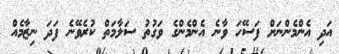
އަދި އެންމެންނަށް ފަސޭހަ ވާނެ އެންމެންގެ ވަގުތު ސަލާމަތް ކުރެވޭނެ ފަދަ ނިޒާމެއް